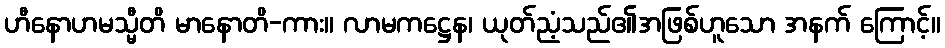
ဟီနောဟမသ္မီတိ မာနောတိ-ကား။ လာမကဋ္ဌေန၊ ယုတ်ညံ့သည်၏အဖြစ်ဟူသော အနက် ကြောင့်။